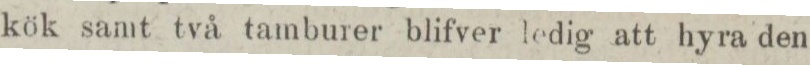
kök samt två tamburer blifver ledig att hyra den